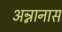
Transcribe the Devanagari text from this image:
अन्नानास